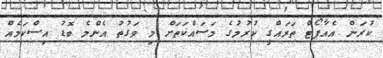
ކުރަން އެއާޕޯޓް ތަރައްގީ ކުރުމުގެ މަސައްކަތަށް މި ވަގުތު އެންމެ ބޮޑު އިސްކަމެއް